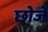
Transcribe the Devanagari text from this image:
छोजे